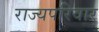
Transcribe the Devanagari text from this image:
राज्यपरिवार